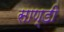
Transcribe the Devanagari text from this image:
साण्‍डी